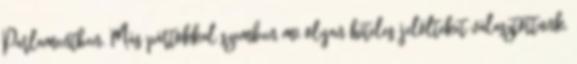
Parlamentben. Más pártokkal szemben mi olyan hiteles jelölteket választottunk,